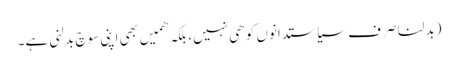
(بدلنا صِرف سیاستدانوں کو ھی نہیں، بلکہ ھمیں بھی اپنی سوچ بدلنی ہے۔